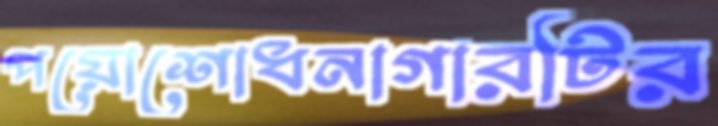
পয়োশোধনাগারটির